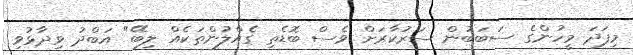
މިފަދަ މީހުންގެ ސަބަބުން ސަރުކާރަށް ވެސް ބޮޑެތި ގެއްލުންތަކެއް ލިބޭ" އަބްދު ވިދާޅުވި